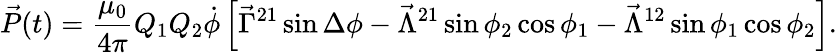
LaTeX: \vec{P}(t)=\frac{\mu_{0}}{4\pi}Q_{1}Q_{2}\dot{\phi}\left[\vec{\Gamma}^{21}\sin\Delta\phi-\vec{\Lambda}^{21}\sin\phi_{2}\cos\phi_{1}-\vec{\Lambda}^{12}\sin\phi_{1}\cos\phi_{2}\right].